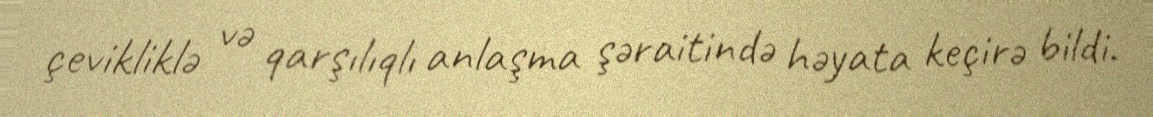
çevikliklə və qarşılıqlı anlaşma şəraitində həyata keçirə bildi.